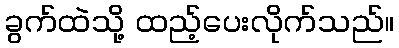
ခွက်ထဲသို့ ထည့်ပေးလိုက်သည်။